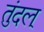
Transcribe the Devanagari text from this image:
तुंदल्